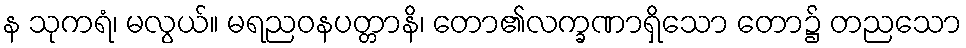
န သုကရံ၊ မလွယ်။ မရညဝနပတ္တာနိ၊ တော၏လက္ခဏာရှိသော တော၌ တညသော